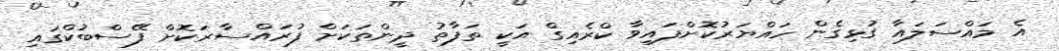
އެ މައްސަލައާ ގުޅިގެން ހައްޔަރުކޮށްފައިވާ ކްރެއިގް އަކީ ތަފާތު ދީންތަކަށް ފުރައްސާރަކޮށް ފޭސްބުކްގައި